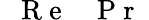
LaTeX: \mathrm{~\textit~{~R~e~}~}\mathrm{~\textit~{~P~r~}~}